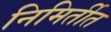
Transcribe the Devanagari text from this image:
निमिर्तीत